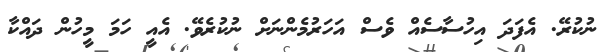
ނުކުރޭ. އެފަދަ އިހުސާސެއް ވެސް އަހަރުމެންނަށް ނުކުރެވޭ. އެއީ ހަމަ މީހުން ދައްކާ